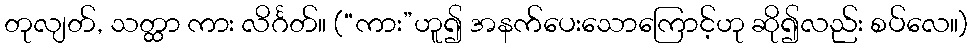
တုလျတ်, သတ္ထာ ကား လိင်္ဂတ်။ (“ကား”ဟူ၍ အနက်ပေးသောကြောင့်ဟု ဆို၍လည်း စပ်လေ။)